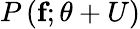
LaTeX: P\left(\textbf{f};\theta+U\right)